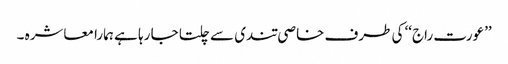
’’عورت راج‘‘ کی طرف خاصی تندی سے چلتا جا رہا ہے ہمارا معاشرہ ۔